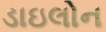
ડાઇલોન